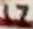
Text: 17